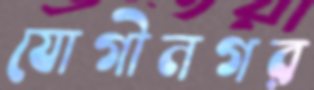
যোগীনগর